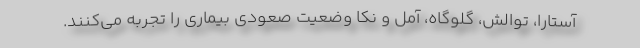
آستارا، توالش، گلوگاه، آمل و نکا وضعیت صعودی بیماری را تجربه می‌کنند.